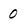
Character: 0